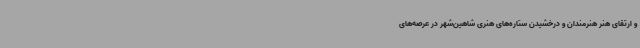
و ارتقای هنر هنرمندان و درخشیدن ستاره‌های هنری شاهین‌شهر در عرصه‌های